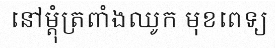
នៅម្តុំត្រពាំងឈូក មុខពេទ្យ